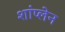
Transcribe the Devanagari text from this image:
शांप्लेन